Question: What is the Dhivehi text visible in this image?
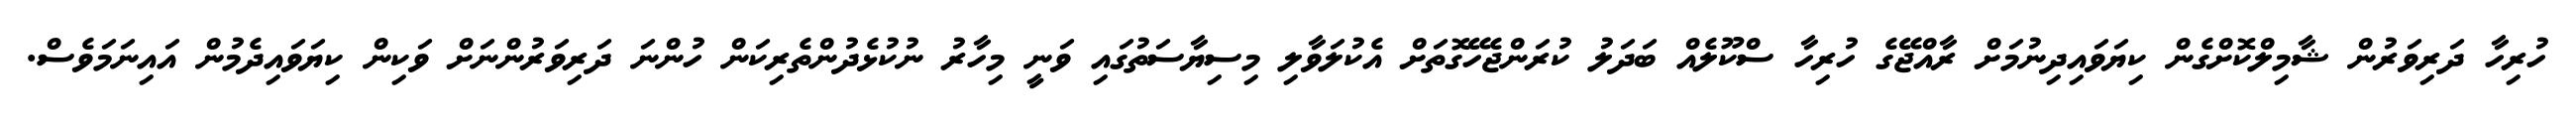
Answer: ހުރިހާ ދަރިވަރުން ޝާމިލްކޮށްގެން ކިޔަވައިދިނުމަށް ރާއްޖޭގެ ހުރިހާ ސްކޫލެއް ބަދަލު ކުރަންޖެހޭގޮތަށް އެކުލަވާލި މިސިޔާސަތުގައި ވަނީ މިހާރު ނުކުޅެދުންތެރިކަން ހުންނަ ދަރިވަރުންނަށް ވަކިން ކިޔަވައިދެމުން އައިނަމަވެސް.